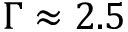
\Gamma \approx 2 . 5